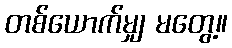
တစ်ယောက်မျှ မတွေ့။